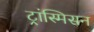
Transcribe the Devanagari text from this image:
ट्रांस्मिसन